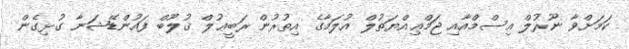
ކަމަށްވާ ނޫރުލް އިސްމްއާއި ޖަމްޢިއްޔަތުލް އުލަމާގެ އިތުރުން ރަބީޢުލް ޤުލޫބް ފައުންޑޭޝަނާ ގުޅިގެން